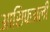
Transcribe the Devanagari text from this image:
आसिफअली